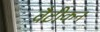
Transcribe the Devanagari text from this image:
वैटीकन